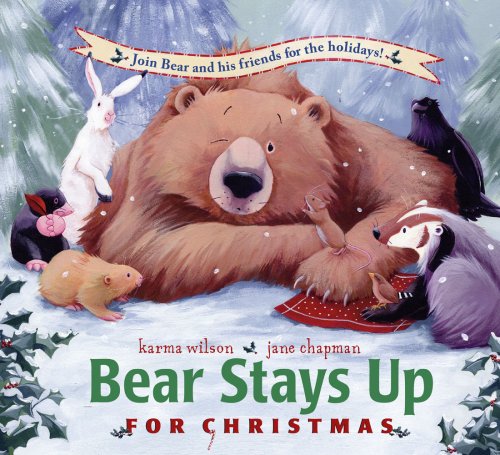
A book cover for Bear Stays Up for Christmas (The Bear Books); Karma Wilson; Children's Books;